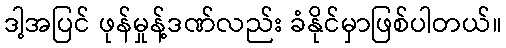
ဒါ့အပြင် ဖုန်မှုန့်ဒဏ်လည်း ခံနိုင်မှာဖြစ်ပါတယ်။